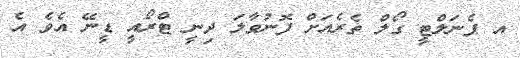
އ ޕެނަލްޓީ ގޯލް ތެރެއަަށް ފޮނުވާލަ ދިނީ ޓްރޯއީ ޑީނޭ އެވެ އެ